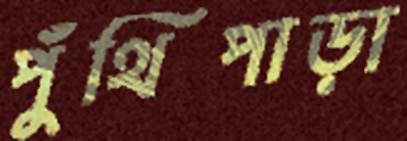
পুঁথিপাড়া